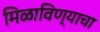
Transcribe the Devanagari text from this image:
मिळाविण्याचा